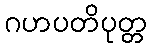
ဂဟပတိပုတ္တ